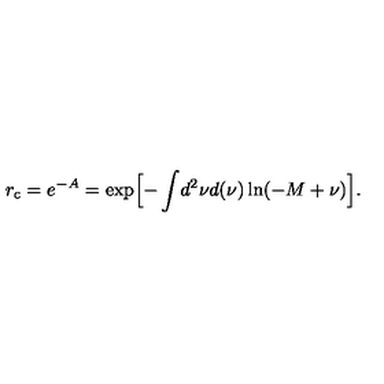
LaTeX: r _ { \mathrm { c } } = e ^ { - A } = \exp \Bigl [ - \int \! d ^ { 2 } \nu d ( \nu ) \ln ( - M + \nu ) \Bigr ] .